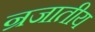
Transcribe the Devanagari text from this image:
न्रजातीय